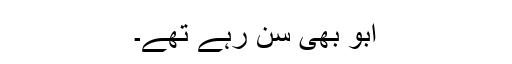
ابو بھی سن رہے تھے۔